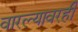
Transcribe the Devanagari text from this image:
वारल्यावरही